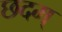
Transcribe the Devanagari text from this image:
छदम्